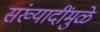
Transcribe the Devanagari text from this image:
संख्यादींमुळे